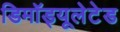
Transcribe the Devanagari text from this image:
डिमॉड्यूलेटेड